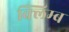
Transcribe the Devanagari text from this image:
क्लिम्ब